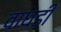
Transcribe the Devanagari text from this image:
वाघडी